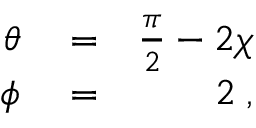
\begin{array} { r l r } { \theta } & { { } = } & { \frac { \pi } { 2 } - 2 \chi } \\ { \phi } & { { } = } & { 2 { \it \Psi } , } \end{array}